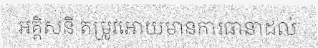
អគ្គិសនី តម្រូវអោយមានការធានាដល់